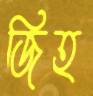
জিহ